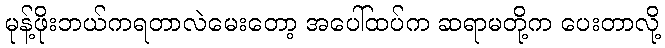
မုန့်ဖိုးဘယ်ကရတာလဲမေးတော့ အပေါ်ထပ်က ဆရာမတို့က ပေးတာလို့